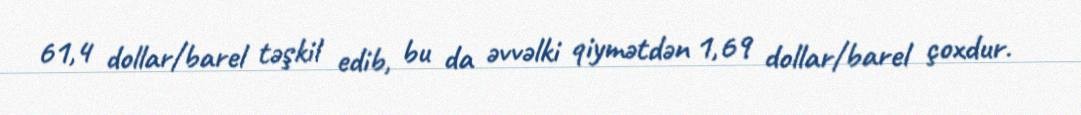
61,4 dollar/barel təşkil edib, bu da əvvəlki qiymətdən 1,69 dollar/barel çoxdur.